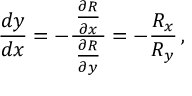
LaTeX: { \frac { d y } { d x } } = - { \frac { \, { \frac { \partial R } { \partial x } } \, } { \frac { \partial R } { \partial y } } } = - { \frac { R _ { x } } { R _ { y } } } \, ,